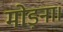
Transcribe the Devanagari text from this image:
मोड़ना।